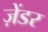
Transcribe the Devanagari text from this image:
ज़ेंडर